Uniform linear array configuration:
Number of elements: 24
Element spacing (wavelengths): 0.5
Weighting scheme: binomial
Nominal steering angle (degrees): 0
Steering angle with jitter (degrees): -1.304
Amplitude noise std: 0.05
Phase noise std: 0.05

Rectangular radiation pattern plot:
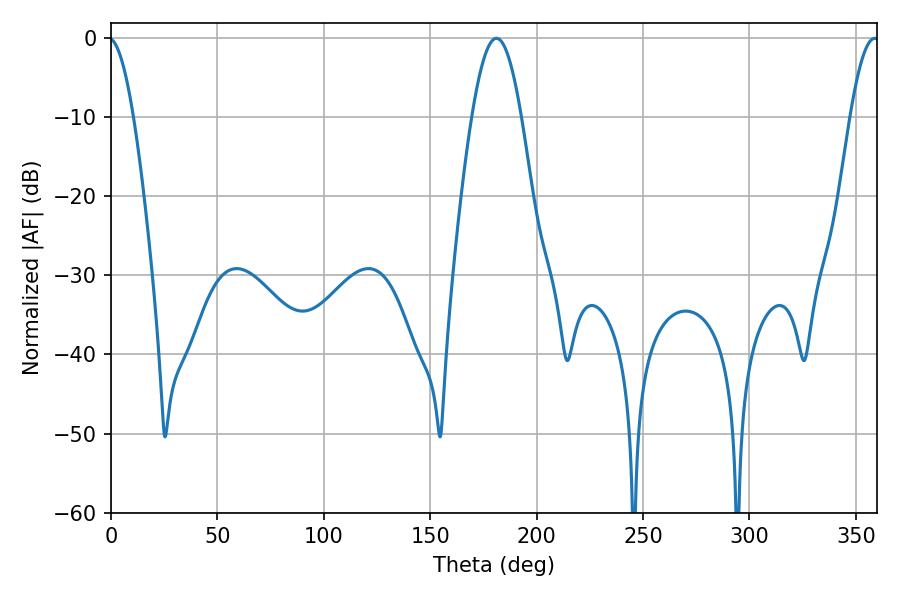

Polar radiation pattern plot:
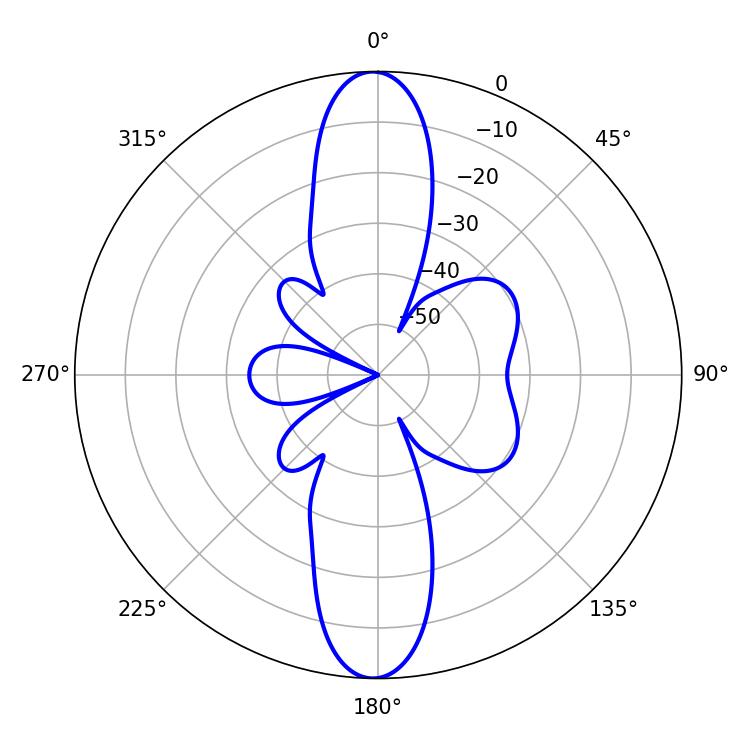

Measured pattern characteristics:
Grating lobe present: FALSE
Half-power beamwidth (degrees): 7.38
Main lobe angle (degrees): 358.92